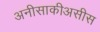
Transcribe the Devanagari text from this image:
अनीसाकीअसीस